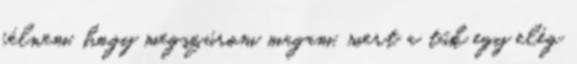
félnem, hogy megszúrom magam, mert a tűk egy elég